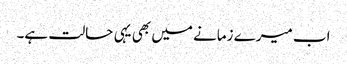
اب میرے زمانے میں بھی یہی حالت ہے۔